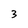
Character: 3